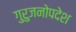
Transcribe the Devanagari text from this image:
गुरुजनोपदेश